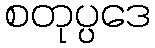
စတုပ္ပဒေ